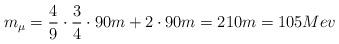
LaTeX: \begin{align*}m_{\mu}=\frac49 \cdot\frac34\cdot 90m + 2\cdot 90m =210m=105 Mev\end{align*}